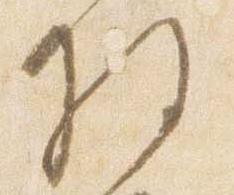
権